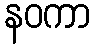
နဝကာ